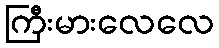
ကြီးမားလေလေ